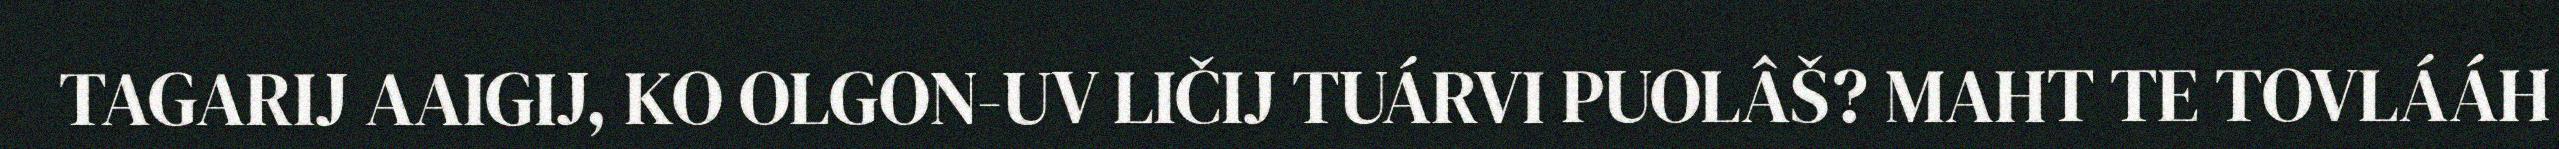
TAGARIJ AAIGIJ, KO OLGON-UV LIČIJ TUÁRVI PUOLÂŠ? MAHT TE TOVLÁÁH